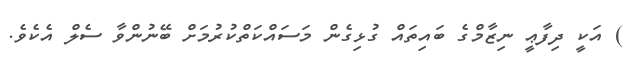
) އަކީ ދިފާޢީ ނިޒާމްގެ ބައިތައް ގުޅިގެން މަސައްކަތްކުރުމަށް ބޭނުންވާ ސެލް އެކެވެ.